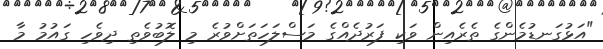
"އަޅުގަނޑުމެންގެ ތެރެއިން ވަކި ފަރުދެއްގެ މަސްލަހަތަށްވުރެ މި ލޮބުވެތި ދިވެހި ގައުމު މާ